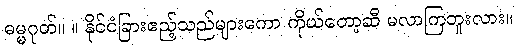
ဓမ္မဂုတ်။ ။ နိုင်ငံခြားဧည့်သည်များကော ကိုယ်တော့ဆီ မလာကြဘူးလား။